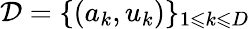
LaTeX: \mathcal{D}=\{ (a_{k},u_{k})\} _{1\leqslant k\leqslant D}